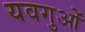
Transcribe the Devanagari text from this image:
यवगुओं